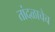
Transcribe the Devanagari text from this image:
तांदळाचेच